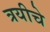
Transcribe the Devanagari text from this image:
त्रयीचे